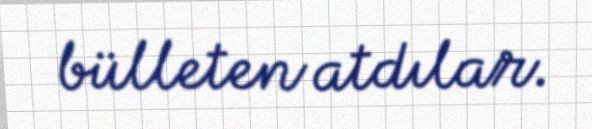
bülleten atdılar.